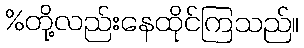
%တို့လည်းနေထိုင်ကြသည်။